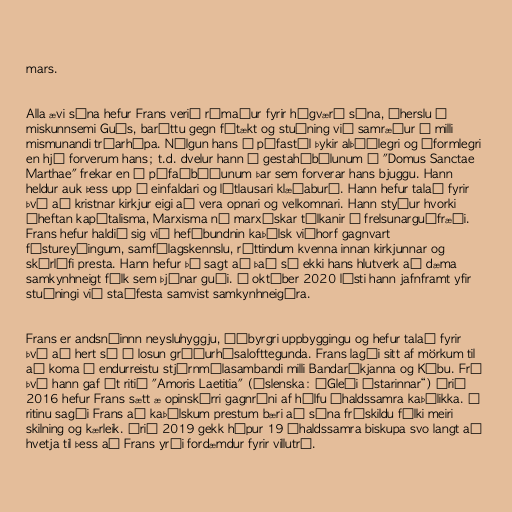
mars.

Alla ævi sína hefur Frans verið rómaður fyrir hógværð sína, áherslu á
miskunnsemi Guðs, baráttu gegn fátækt og stuðning við samræður á milli
mismunandi trúarhópa. Nálgun hans á páfastól þykir alþýðlegri og óformlegri
en hjá forverum hans; t.d. dvelur hann í gestahíbýlunum í "Domus Sanctae
Marthae" frekar en í páfaíbúðunum þar sem forverar hans bjuggu. Hann
heldur auk þess upp á einfaldari og látlausari klæðaburð. Hann hefur talað fyrir
því að kristnar kirkjur eigi að vera opnari og velkomnari. Hann styður hvorki
óheftan kapítalisma, Marxisma né marxískar túlkanir á frelsunarguðfræði.
Frans hefur haldið sig við hefðbundnin kaþólsk viðhorf gagnvart
fóstureyðingum, samfélagskennslu, réttindum kvenna innan kirkjunnar og
skírlífi presta. Hann hefur þó sagt að það sé ekki hans hlutverk að dæma
samkynhneigt fólk sem þjónar guði. Í október 2020 lýsti hann jafnframt yfir
stuðningi við staðfesta samvist samkynhneigðra.

Frans er andsnúinnn neysluhyggju, óábyrgri uppbyggingu og hefur talað fyrir
því að hert sé á losun gróðurhúsalofttegunda. Frans lagði sitt af mörkum til
að koma á endurreistu stjórnmálasambandi milli Bandaríkjanna og Kúbu. Frá
því hann gaf út ritið "Amoris Laetitia" (íslenska: „Gleði ástarinnar“) árið
2016 hefur Frans sætt æ opinskárri gagnrýni af hálfu íhaldssamra kaþólikka. Í
ritinu sagði Frans að kaþólskum prestum bæri að sýna fráskildu fólki meiri
skilning og kærleik. Árið 2019 gekk hópur 19 íhaldssamra biskupa svo langt að
hvetja til þess að Frans yrði fordæmdur fyrir villutrú.